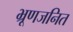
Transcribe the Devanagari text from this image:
भ्रूणजनित